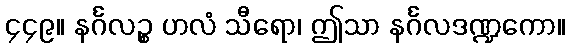
၄၄၉။ နင်္ဂလဉ္စ ဟလံ သီရော၊ ဤသာ နင်္ဂလဒဏ္ဍကော။